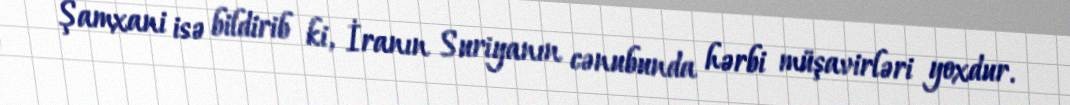
Şamxani isə bildirib ki, İranın Suriyanın cənubunda hərbi müşavirləri yoxdur.